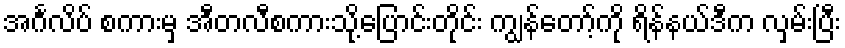
အင်္ဂလိပ် စကားမှ အီတလီစကားသို့ပြောင်းတိုင်း ကျွန်တော့်ကို ရိန်နယ်ဒီက လှမ်းပြီး